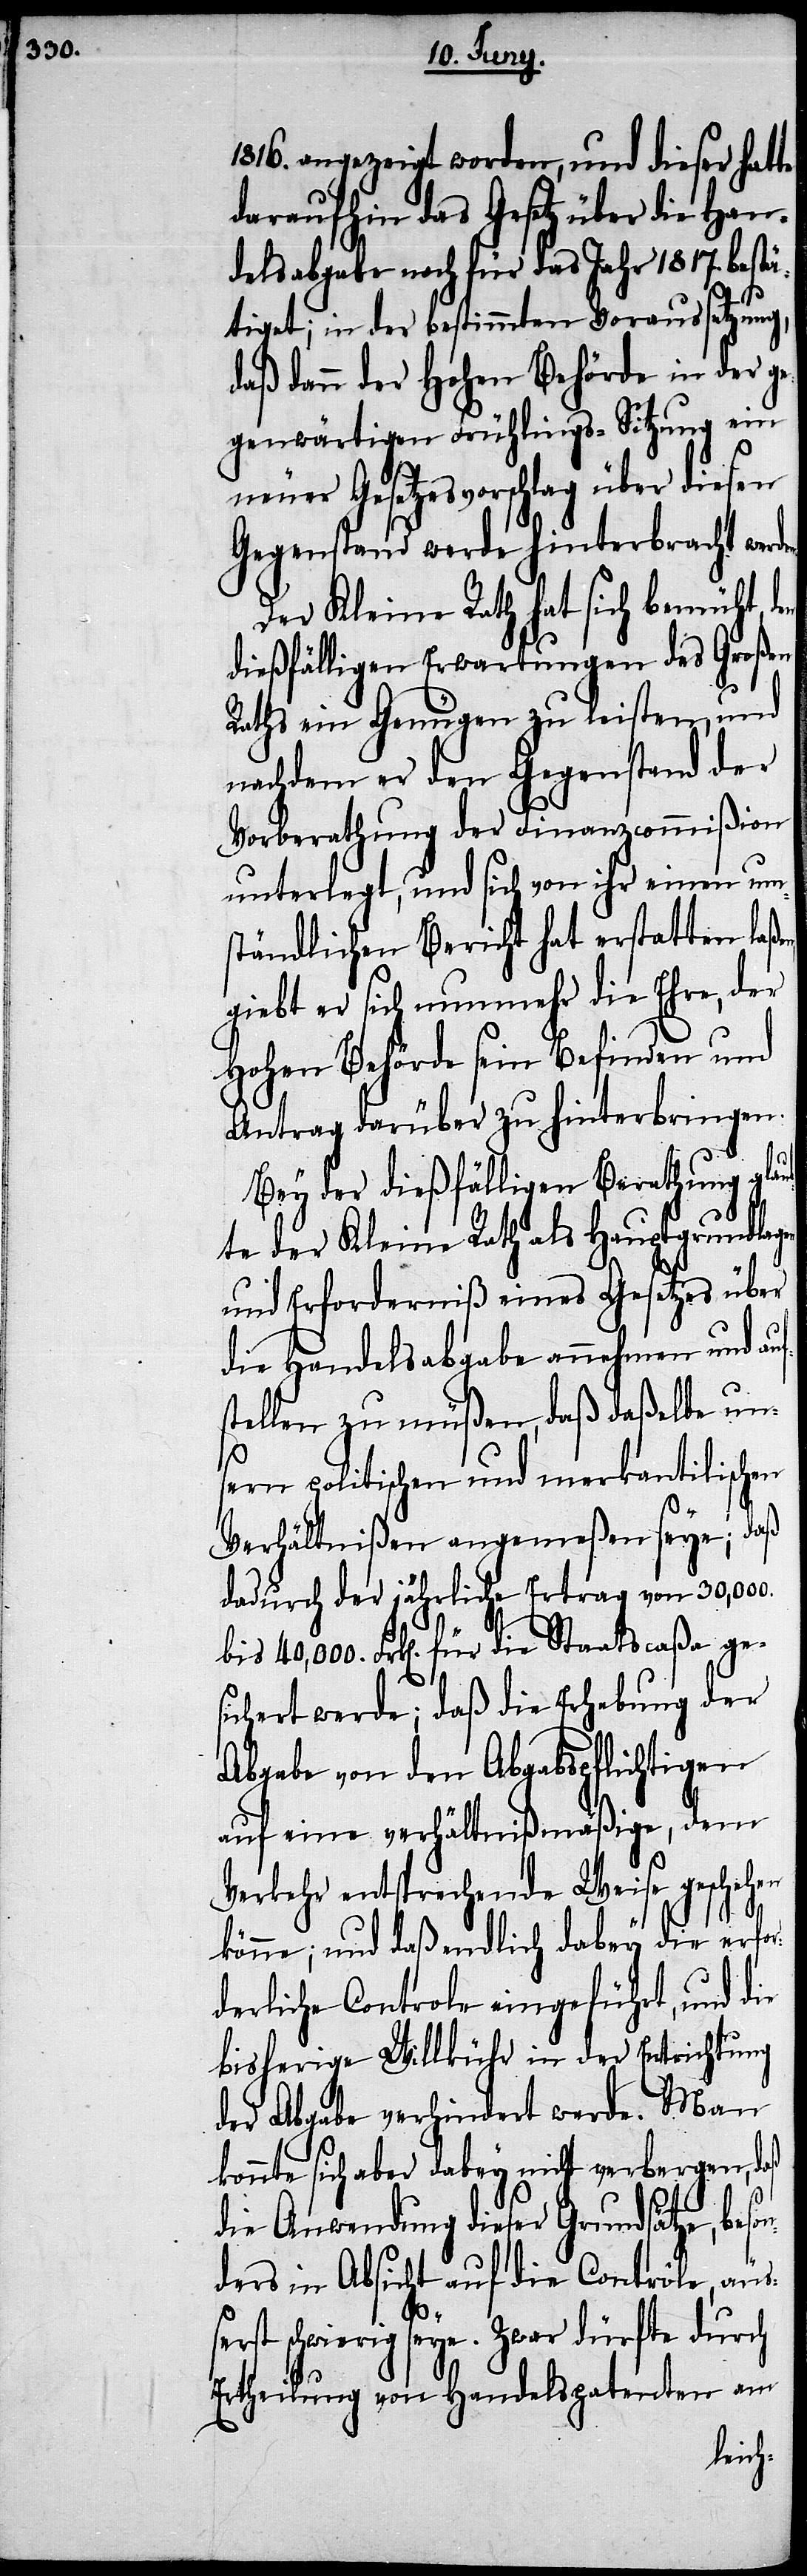
1816. angezeigt worden, und dieser hat¬
daraufhin das Gesetz über die Han¬
delsabgabe noch für das Jahr 1817. bestä¬
erst
tiget; in der bestimmten Voraussetzung,
daß dann der Hohen Behörde in der g¬
egenwärtigen Frühlings-Sitzung ein
neuer Gesetzesvorschlag über diesen
Gegenstand werde hinterbracht werd¬
Der Kleine Rath hat sich bemüht,
dießfälligen Erwartungen des Großen
Raths ein Genügen zu leisten, und
nachdem er den Gegenstand der
Vorberathung der Finanzcommißion
unterlegt, und sich von ihr einen um¬
ständlichen Bericht hat erstatten laße¬
giebt er sich nunmehr die Ehre, der
Hohen Behörde sein Befinden und
Antrag darüber zu hinterbringen.
Bey der dießfälligen Berathung glau¬
bte der Kleine Rath als Hauptgrundlage
und Erforderniß eines Gesetzes über
die Handelsabgabe annehmen und au¬
stellen zu müßen, daß daßelbe un¬
sern politischen und merkantilischen
Verhältnißen angemeßen seye; daß
dadurch der jährliche Ertrag von 30,000.
Frk[en]. für die Staatscaßa ge¬
sichert werde; daß die Erhebung der
Abgabe von den Abgabspflichtigen
auf eine verhältnißmäßige, dem
Verkehr entsprechende Weise geschehen
könne; und daß endlich dabey die eror¬
derliche Controle eingeführt, und die
bisherige Willkür in der Entrichtung
der Abgabe verhindert werde. Man
konnte sich aber dabey nicht verbergen, daß
die Anwendung dieser Grundsätze, bes¬
ders in Absicht auf die Contrôle, äuß¬
schwierig seye. Zwar dürfte durch
Ertheilung von Handelspatenten am